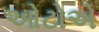
ઓટોએ